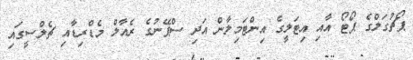
ޕޯޗުގަލްގެ ޕޯޓޯ އާއި އިޓަލީގެ އިންޓަމިލާން އަދި ސްޕޭނުގެ ރެއާލް މެޑްރިޑާއި ޗެލްސީގައި